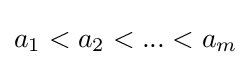
a_{1}<a_{2}<...<a_{m}